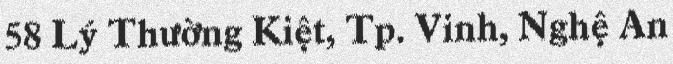
58 Lý Thường Kiệt, Tp. Vinh, Nghệ An